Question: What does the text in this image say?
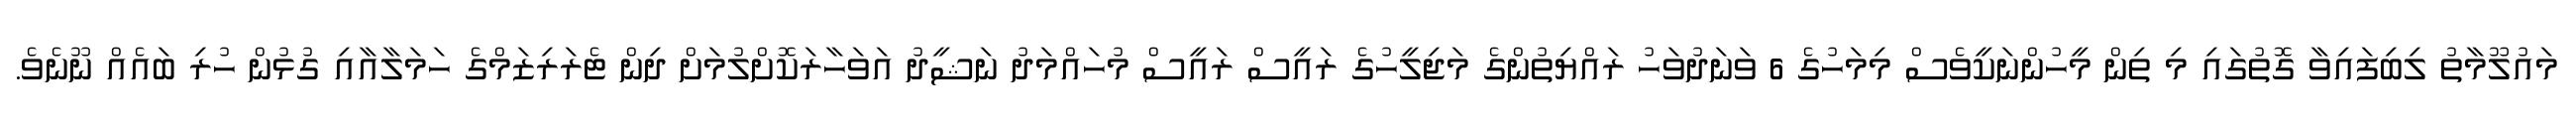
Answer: މައުލޫމާތު ލިބިފައިވާ ގޮތުގައި މި ތިން މީހުންނަކީވެސް މިމަހުގެ 6 ވަނަދުވަހު ރައްޔިތުންގެ މަޖިލީހުގެ ރައީސް ރައީސް މުހައްމަދު ނަޝީދު އަވަހާރަކޮށްލުމަށް ދިން ޓެރަރިޒަމްގެ ހަމަލާއާއި ގުޅުން ހުރި ބައެއް ނޫނެވެ.